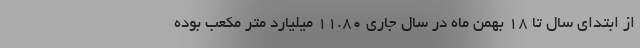
از ابتدای سال تا ۱۸ بهمن ماه در سال جاری ۱۱.۸۰ میلیارد متر مکعب بوده